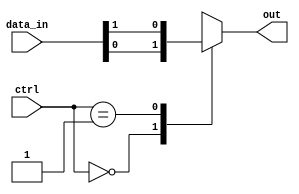
module multiplexer_512_1 (
    input wire [511:0] data_in,
    input wire [8:0] ctrl,
    output reg out
);

always @(*) begin
    case (ctrl)
        9'b000000000: out = data_in[0];
        9'b000000001: out = data_in[1];
        // Add more cases for all possible combinations of control inputs
        // up to 9'b111111111
        default: out = 1'bx; // Output undefined for invalid control inputs
    endcase
end

endmodule